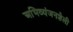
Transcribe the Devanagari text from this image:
अभिव्यंजनशैली